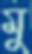
মু